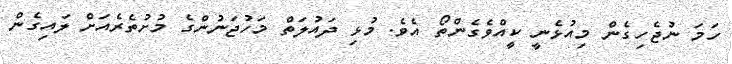
ހަމަ ނުޖެހިގެން މިއުޅެނީ ކީއްވެގެންތޯ އެވެ. މުޅި ދައުލަތް މަހުޖަނުންގެ މުށުތެރެއަށް ލައިގެން